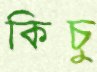
কিচু